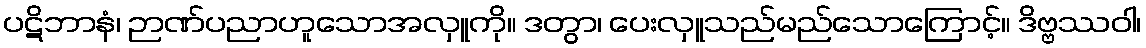
ပဋိဘာနံ၊ ဉာဏ်ပညာဟူသောအလှူကို။ ဒတွာ၊ ပေးလှူသည်မည်သောကြောင့်။ ဒိဗ္ဗဿဝါ၊